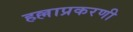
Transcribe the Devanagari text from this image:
हल्लाप्रकरणी